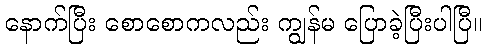
နောက်ပြီး စောစောကလည်း ကျွန်မ ပြောခဲ့ပြီးပါပြီ။